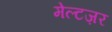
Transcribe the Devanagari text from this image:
मेल्टज़र